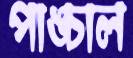
পাঙ্চাল